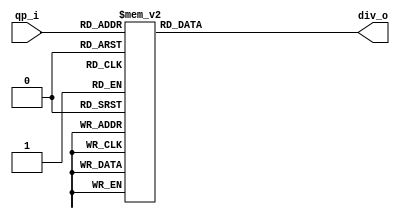
module tq_div6_c( qp_i, div_o);
  input  [5:0] qp_i ;
  output [3:0] div_o;
  reg [3:0] div_o;
  always @(qp_i) begin
    case (qp_i)
       0, 1, 2, 3, 4, 5 : div_o = 4'b0000;
       6, 7, 8, 9,10,11 : div_o = 4'b0001;
      12,13,14,15,16,17 : div_o = 4'b0010;
      18,19,20,21,22,23 : div_o = 4'b0011;
      24,25,26,27,28,29,30 : div_o = 4'b0100;
      31,32,33,34,35,36,37,38,39 : div_o = 4'b0101;
      40,41,42,43,44,45,46,47,48,49,50,51 : div_o = 4'b0110;
      default           : div_o = 4'b0000;
    endcase
  end
endmodule